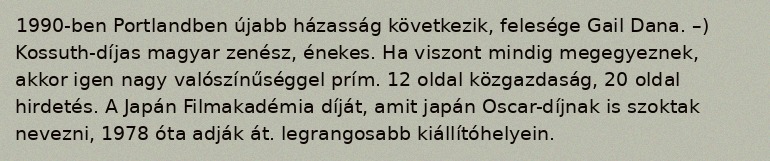
1990-ben Portlandben újabb házasság következik, felesége Gail Dana. –) Kossuth-díjas magyar zenész, énekes. Ha viszont mindig megegyeznek, akkor igen nagy valószínűséggel prím. 12 oldal közgazdaság, 20 oldal hirdetés. A Japán Filmakadémia díját, amit japán Oscar-díjnak is szoktak nevezni, 1978 óta adják át. legrangosabb kiállítóhelyein.